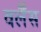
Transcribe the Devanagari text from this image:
वर्लैंस